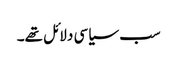
سب سیاسی دلائل تھے۔